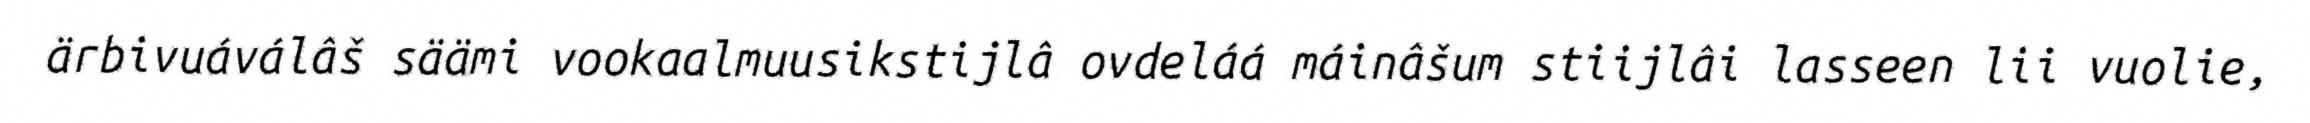
ärbivuáválâš säämi vookaalmuusikstijlâ ovdeláá máinâšum stiijlâi lasseen lii vuolie,